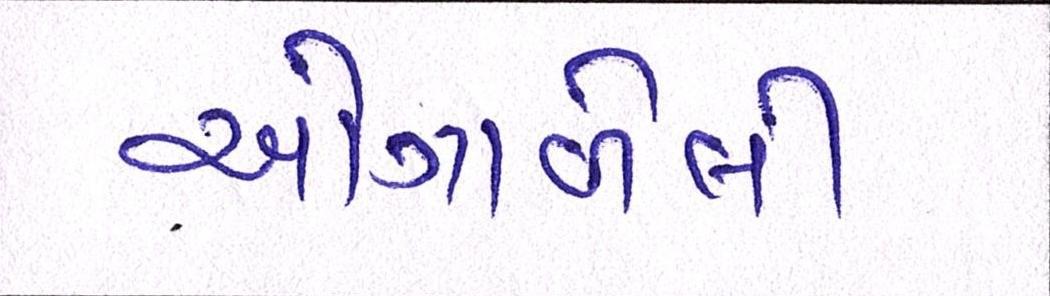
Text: ઓગાળેલી